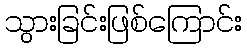
သွားခြင်းဖြစ်ကြောင်း